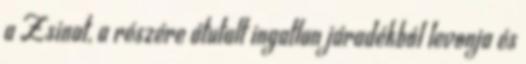
a Zsinat, a részére átutalt ingatlan járadékból levonja és